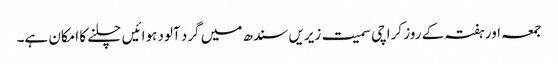
جمعہ اور ہفتہ کے روز کراچی سمیت زیریں سندھ میں گرد آلود ہوائیں چلنے کا امکان ہے۔